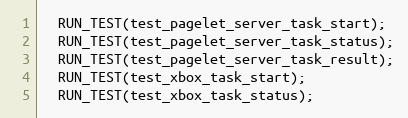
Language: C++
  RUN_TEST(test_pagelet_server_task_start);
  RUN_TEST(test_pagelet_server_task_status);
  RUN_TEST(test_pagelet_server_task_result);
  RUN_TEST(test_xbox_task_start);
  RUN_TEST(test_xbox_task_status);